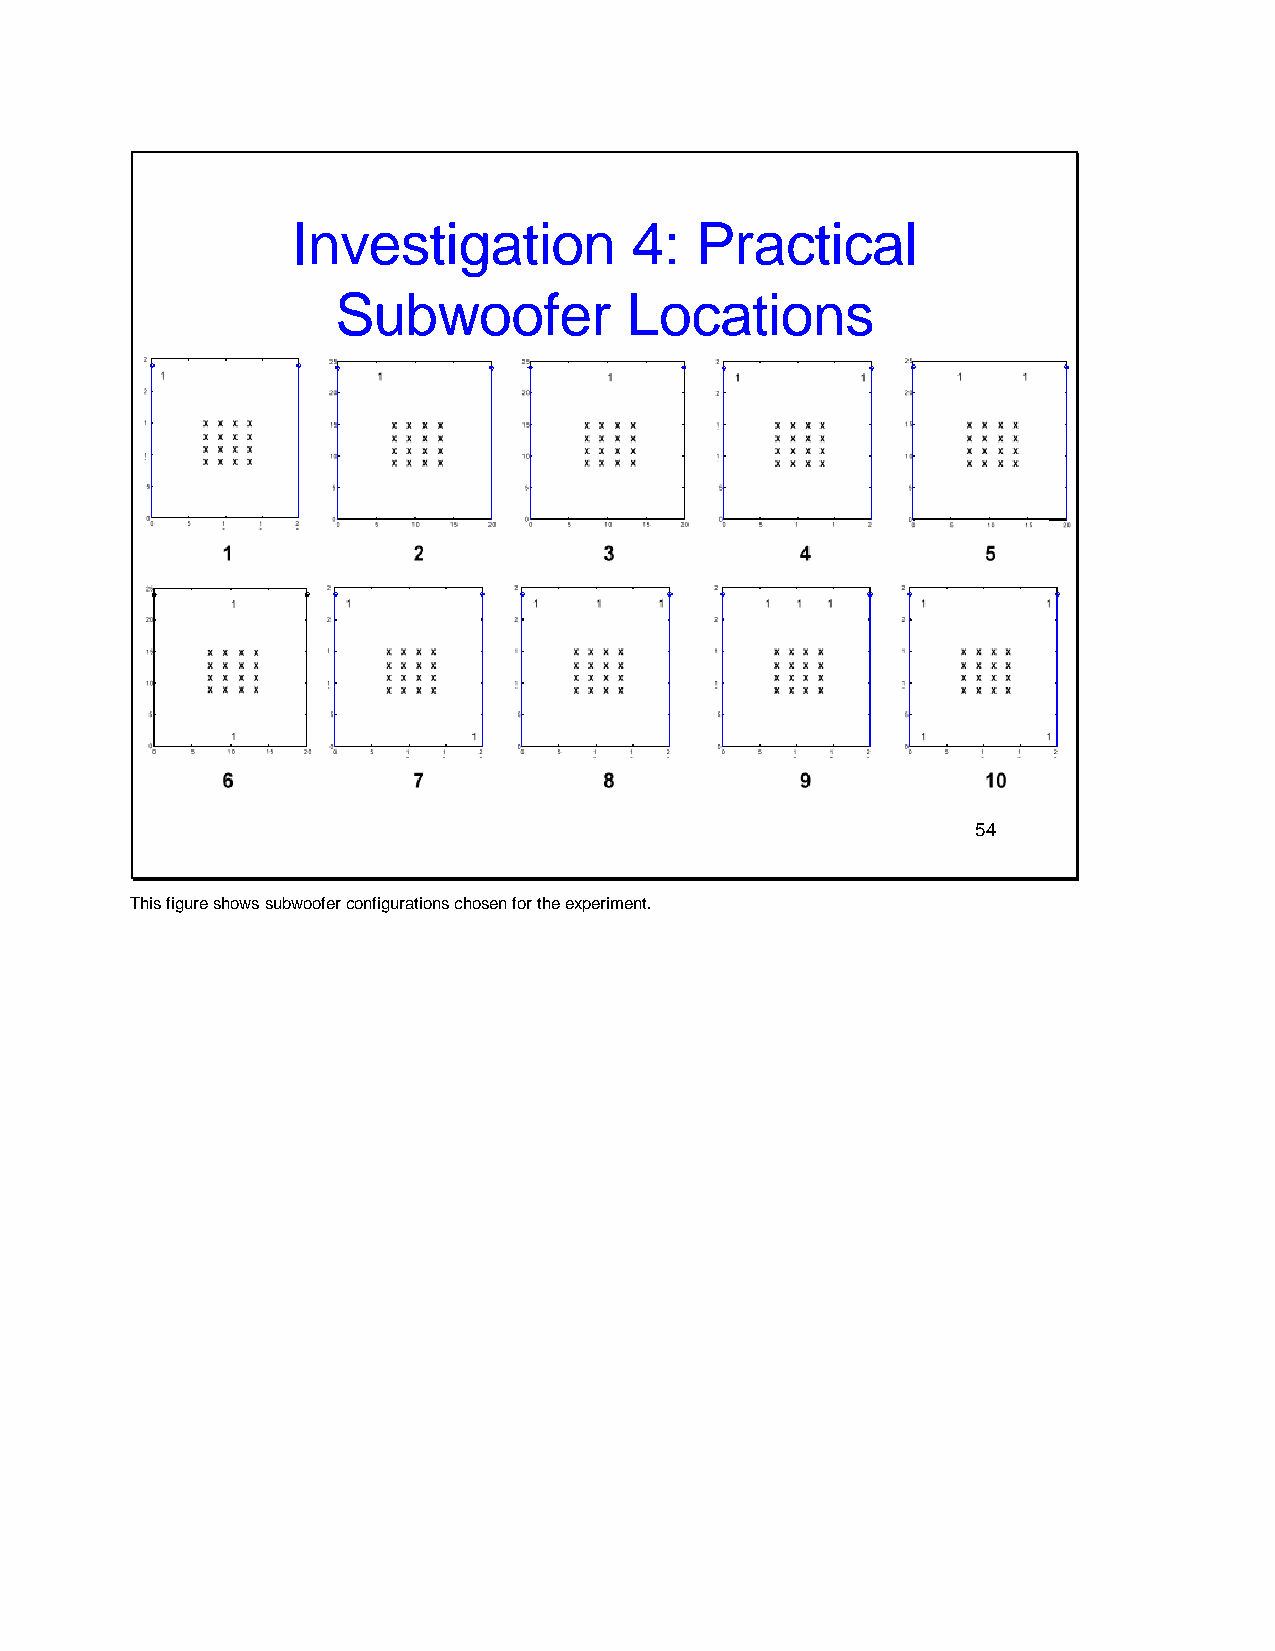
Investigation          4:  Practical
 Subwoofer          Locations
 54
 This figure shows subwoofer configurations chosen for the experiment.